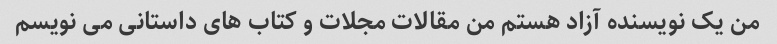
من یک نویسنده آزاد هستم من مقالات مجلات و کتاب های داستانی می نویسم